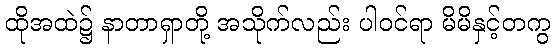
ထိုအထဲ၌ နာတာရှာတို့ အသိုက်လည်း ပါဝင်ရာ မိမိနှင့်တကွ